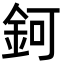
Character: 鈳